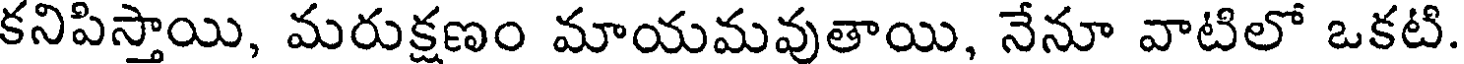
కనిపిస్తాయి, మరుక్షణం మాయమవుతాయి, నేనూ వాటిలో ఒకటి